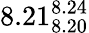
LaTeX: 8.21_{8.20}^{8.24}